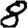
Digit: 8